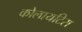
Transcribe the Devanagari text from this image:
कोलायटिस